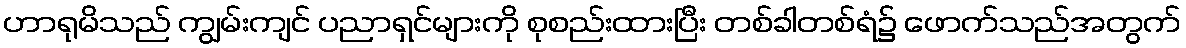
ဟာရုမိသည် ကျွမ်းကျင် ပညာရှင်များကို စုစည်းထားပြီး တစ်ခါတစ်ရံ၌ ဖောက်သည်အတွက်